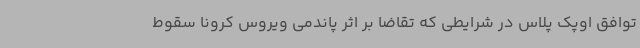
توافق اوپک پلاس در شرایطی که تقاضا بر اثر پاندمی ویروس کرونا سقوط